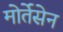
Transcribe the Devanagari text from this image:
मोर्तेंसेन